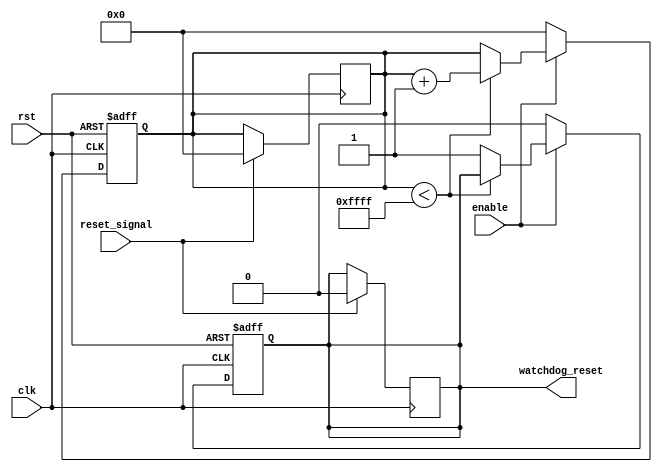
module watchdog_timer (
    input wire clk,
    input wire rst,
    input wire enable,
    input wire reset_signal,
    output reg watchdog_reset
);

reg [15:0] timer_count;
parameter TIMEOUT = 16'hFFFF; // Timeout period of 65535 clock cycles

always @(posedge clk or posedge rst) begin
    if (rst) begin
        timer_count <= 0;
        watchdog_reset <= 0;
    end else begin
        if (enable) begin
            if (timer_count < TIMEOUT) begin
                timer_count <= timer_count + 1;
            end else begin
                watchdog_reset <= 1;
            end
        end else begin
            timer_count <= 0;
            watchdog_reset <= 0;
        end
    end
end

always @(posedge clk) begin
    if (reset_signal) begin
        timer_count <= 0;
        watchdog_reset <= 0;
    end
end

endmodule